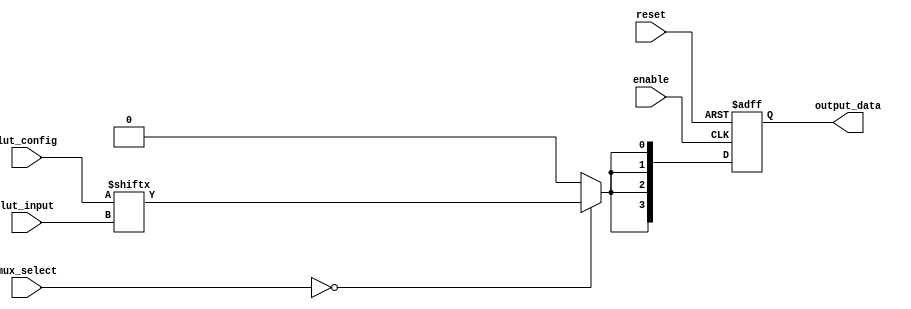
module CLB (
    input wire [3:0] lut_input,       // 4-bit input for LUT
    input wire [15:0] lut_config,      // LUT configuration (16 entries for 4-input LUT)
    input wire [3:0] mux_select,       // Select lines for multiplexers
    input wire enable,                  // Enable signal
    input wire reset,                   // Reset signal
    output reg [3:0] output_data        // 4-bit output data
);

// LUT Logic
wire lut_out;
reg [3:0] lut_result;

always @(*) begin
    lut_result = lut_config[lut_input]; // Using input to index into LUT configuration
end

// MUX Logic
wire mux_out;
assign mux_out = (mux_select == 4'b0000) ? lut_result[0] :
                 (mux_select == 4'b0001) ? lut_result[1] :
                 (mux_select == 4'b0010) ? lut_result[2] :
                 (mux_select == 4'b0011) ? lut_result[3] :
                 1'b0; // Default output

// Output Logic
always @(posedge enable or posedge reset) begin
    if (reset) begin
        output_data <= 4'b0000; // Reset output to known state
    end else if (enable) begin
        output_data <= {mux_out, mux_out, mux_out, mux_out}; // Replicate MUX output to all bits
    end
end

endmodule